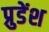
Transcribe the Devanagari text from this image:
प्रुडेंश